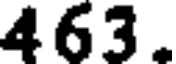
463.